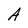
Character: A